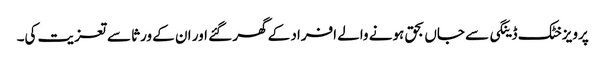
پرویزخٹک ڈینگی سے جاں بحق ہونے والے افراد کے گھر گئے اور ان کے ورثا سے تعزیت کی۔